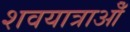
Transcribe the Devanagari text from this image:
शवयात्राओँ